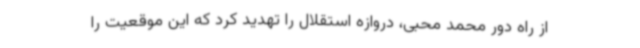
از راه دور محمد محبی، دروازه استقلال را تهدید کرد که این موقعیت را